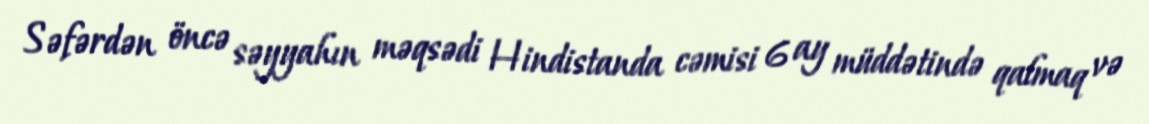
Səfərdən öncə səyyahın məqsədi Hindistanda cəmisi 6 ay müddətində qalmaq və